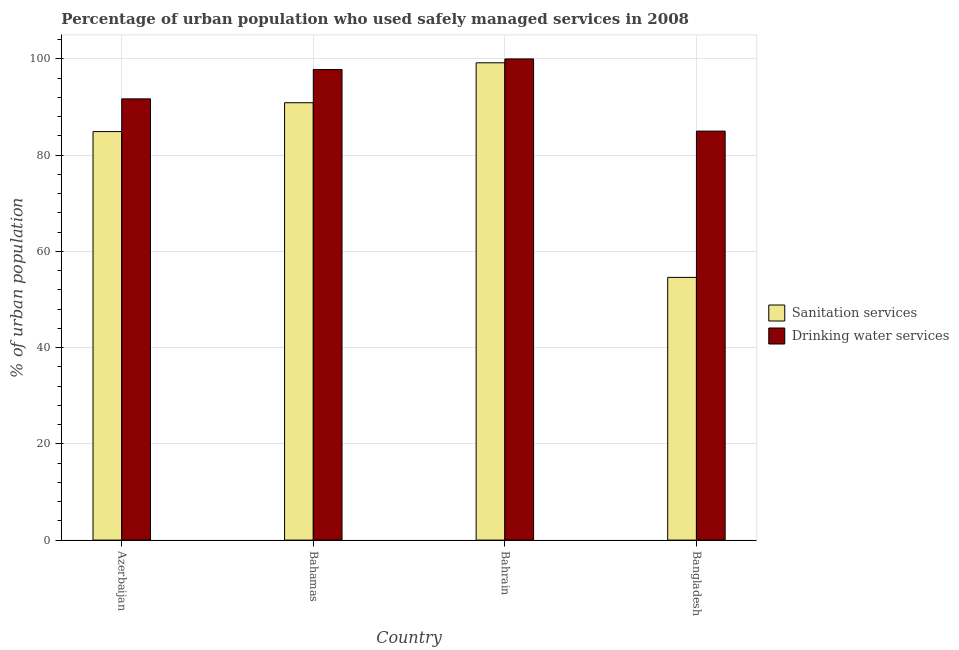
| Country | Sanitation services | Drinking water services |
 | --- | --- | --- |
 | Azerbaijan | 84.9 | 91.7 |
 | Bahamas | 90.9 | 97.8 |
 | Bahrain | 99.2 | 100 |
 | Bangladesh | 54.6 | 85 |